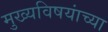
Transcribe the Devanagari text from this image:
मुख्यविषयांच्या